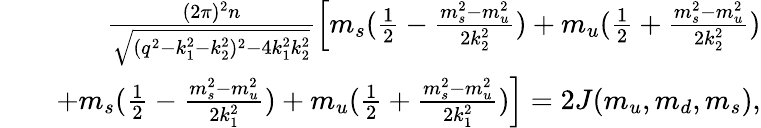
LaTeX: \begin{array}{rlr}&{}&{\frac{(2\pi)^{2}n}{\sqrt{(q^{2}-k_{1}^{2}-k_{2}^{2})^{2}-4k_{1}^{2}k_{2}^{2}}}\left[m_{s}(\frac{1}{2}-\frac{m_{s}^{2}-m_{u}^{2}}{2k_{2}^{2}})+m_{u}(\frac{1}{2}+\frac{m_{s}^{2}-m_{u}^{2}}{2k_{2}^{2}})\right.}\\ &{}&{\left.+m_{s}(\frac{1}{2}-\frac{m_{s}^{2}-m_{u}^{2}}{2k_{1}^{2}})+m_{u}(\frac{1}{2}+\frac{m_{s}^{2}-m_{u}^{2}}{2k_{1}^{2}})\right]=2J(m_{u},m_{d},m_{s}),}\end{array}